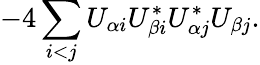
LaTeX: -4\sum_{i<j}U_{\alpha i}U_{\beta i}^{*}U_{\alpha j}^{*}U_{\beta j}.